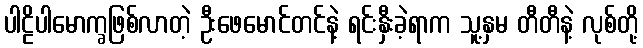
ပါဠိပါမောက္ခဖြစ်လာတဲ့ ဦးဖေမောင်တင်နဲ့ ရင်းနှီးခဲ့ရာက သူ့နှမ တီတီနဲ့ လုစ်တို့